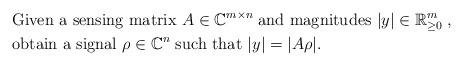
LaTeX: \begin{align*}&\mbox{Given a sensing matrix } A\in\mathbb{C}^{m\times n}\; \mbox{and magnitudes } |y|\in\mathbb{R}_{\ge 0}^m\;,\\&\mbox{obtain a signal } \rho\in\mathbb{C}^n\; \mbox{such that } \vert y\vert = \vert A\rho\vert.\end{align*}